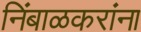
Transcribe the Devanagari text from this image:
निंबाळकरांना